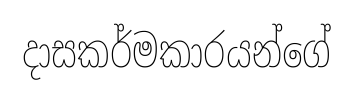
දාසකර්මකාරයන්ගේ